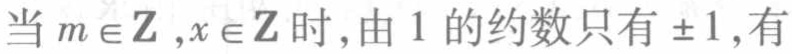
当\(m\in\mathbb{Z},x\in\mathbb{Z}\)时,由\(1\)的约数只有\(\pm1\),有